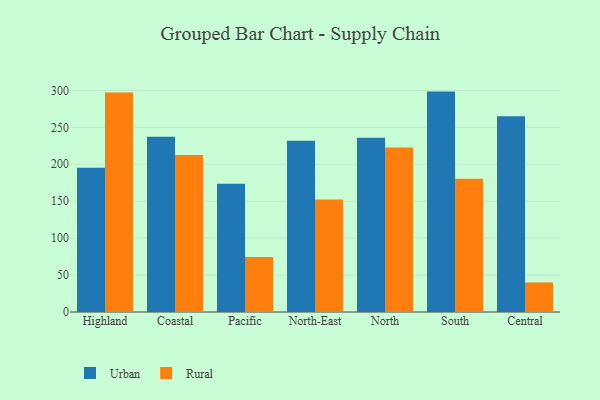
{"axis": {"x": "Region", "y": "Gross Profit (USD K)"}, "legend": ["Rural", "Urban"], "data": [{"x": "Highland", "y": 195.4, "type": "Urban"}, {"x": "Highland", "y": 297.2, "type": "Rural"}, {"x": "Coastal", "y": 237.3, "type": "Urban"}, {"x": "Coastal", "y": 212.6, "type": "Rural"}, {"x": "Pacific", "y": 173.5, "type": "Urban"}, {"x": "Pacific", "y": 74.4, "type": "Rural"}, {"x": "North-East", "y": 232.0, "type": "Urban"}, {"x": "North-East", "y": 152.2, "type": "Rural"}, {"x": "North", "y": 235.8, "type": "Urban"}, {"x": "North", "y": 222.8, "type": "Rural"}, {"x": "South", "y": 298.4, "type": "Urban"}, {"x": "South", "y": 180.5, "type": "Rural"}, {"x": "Central", "y": 265.1, "type": "Urban"}, {"x": "Central", "y": 40.0, "type": "Rural"}]}